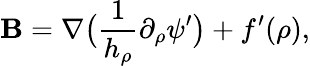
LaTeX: \boldsymbol{\mathbf{B}}=\nabla\big(\frac{1}{{h_{\rho}}}\partial_{\rho}\psi^{\prime}\big)+f^{\prime}(\rho),